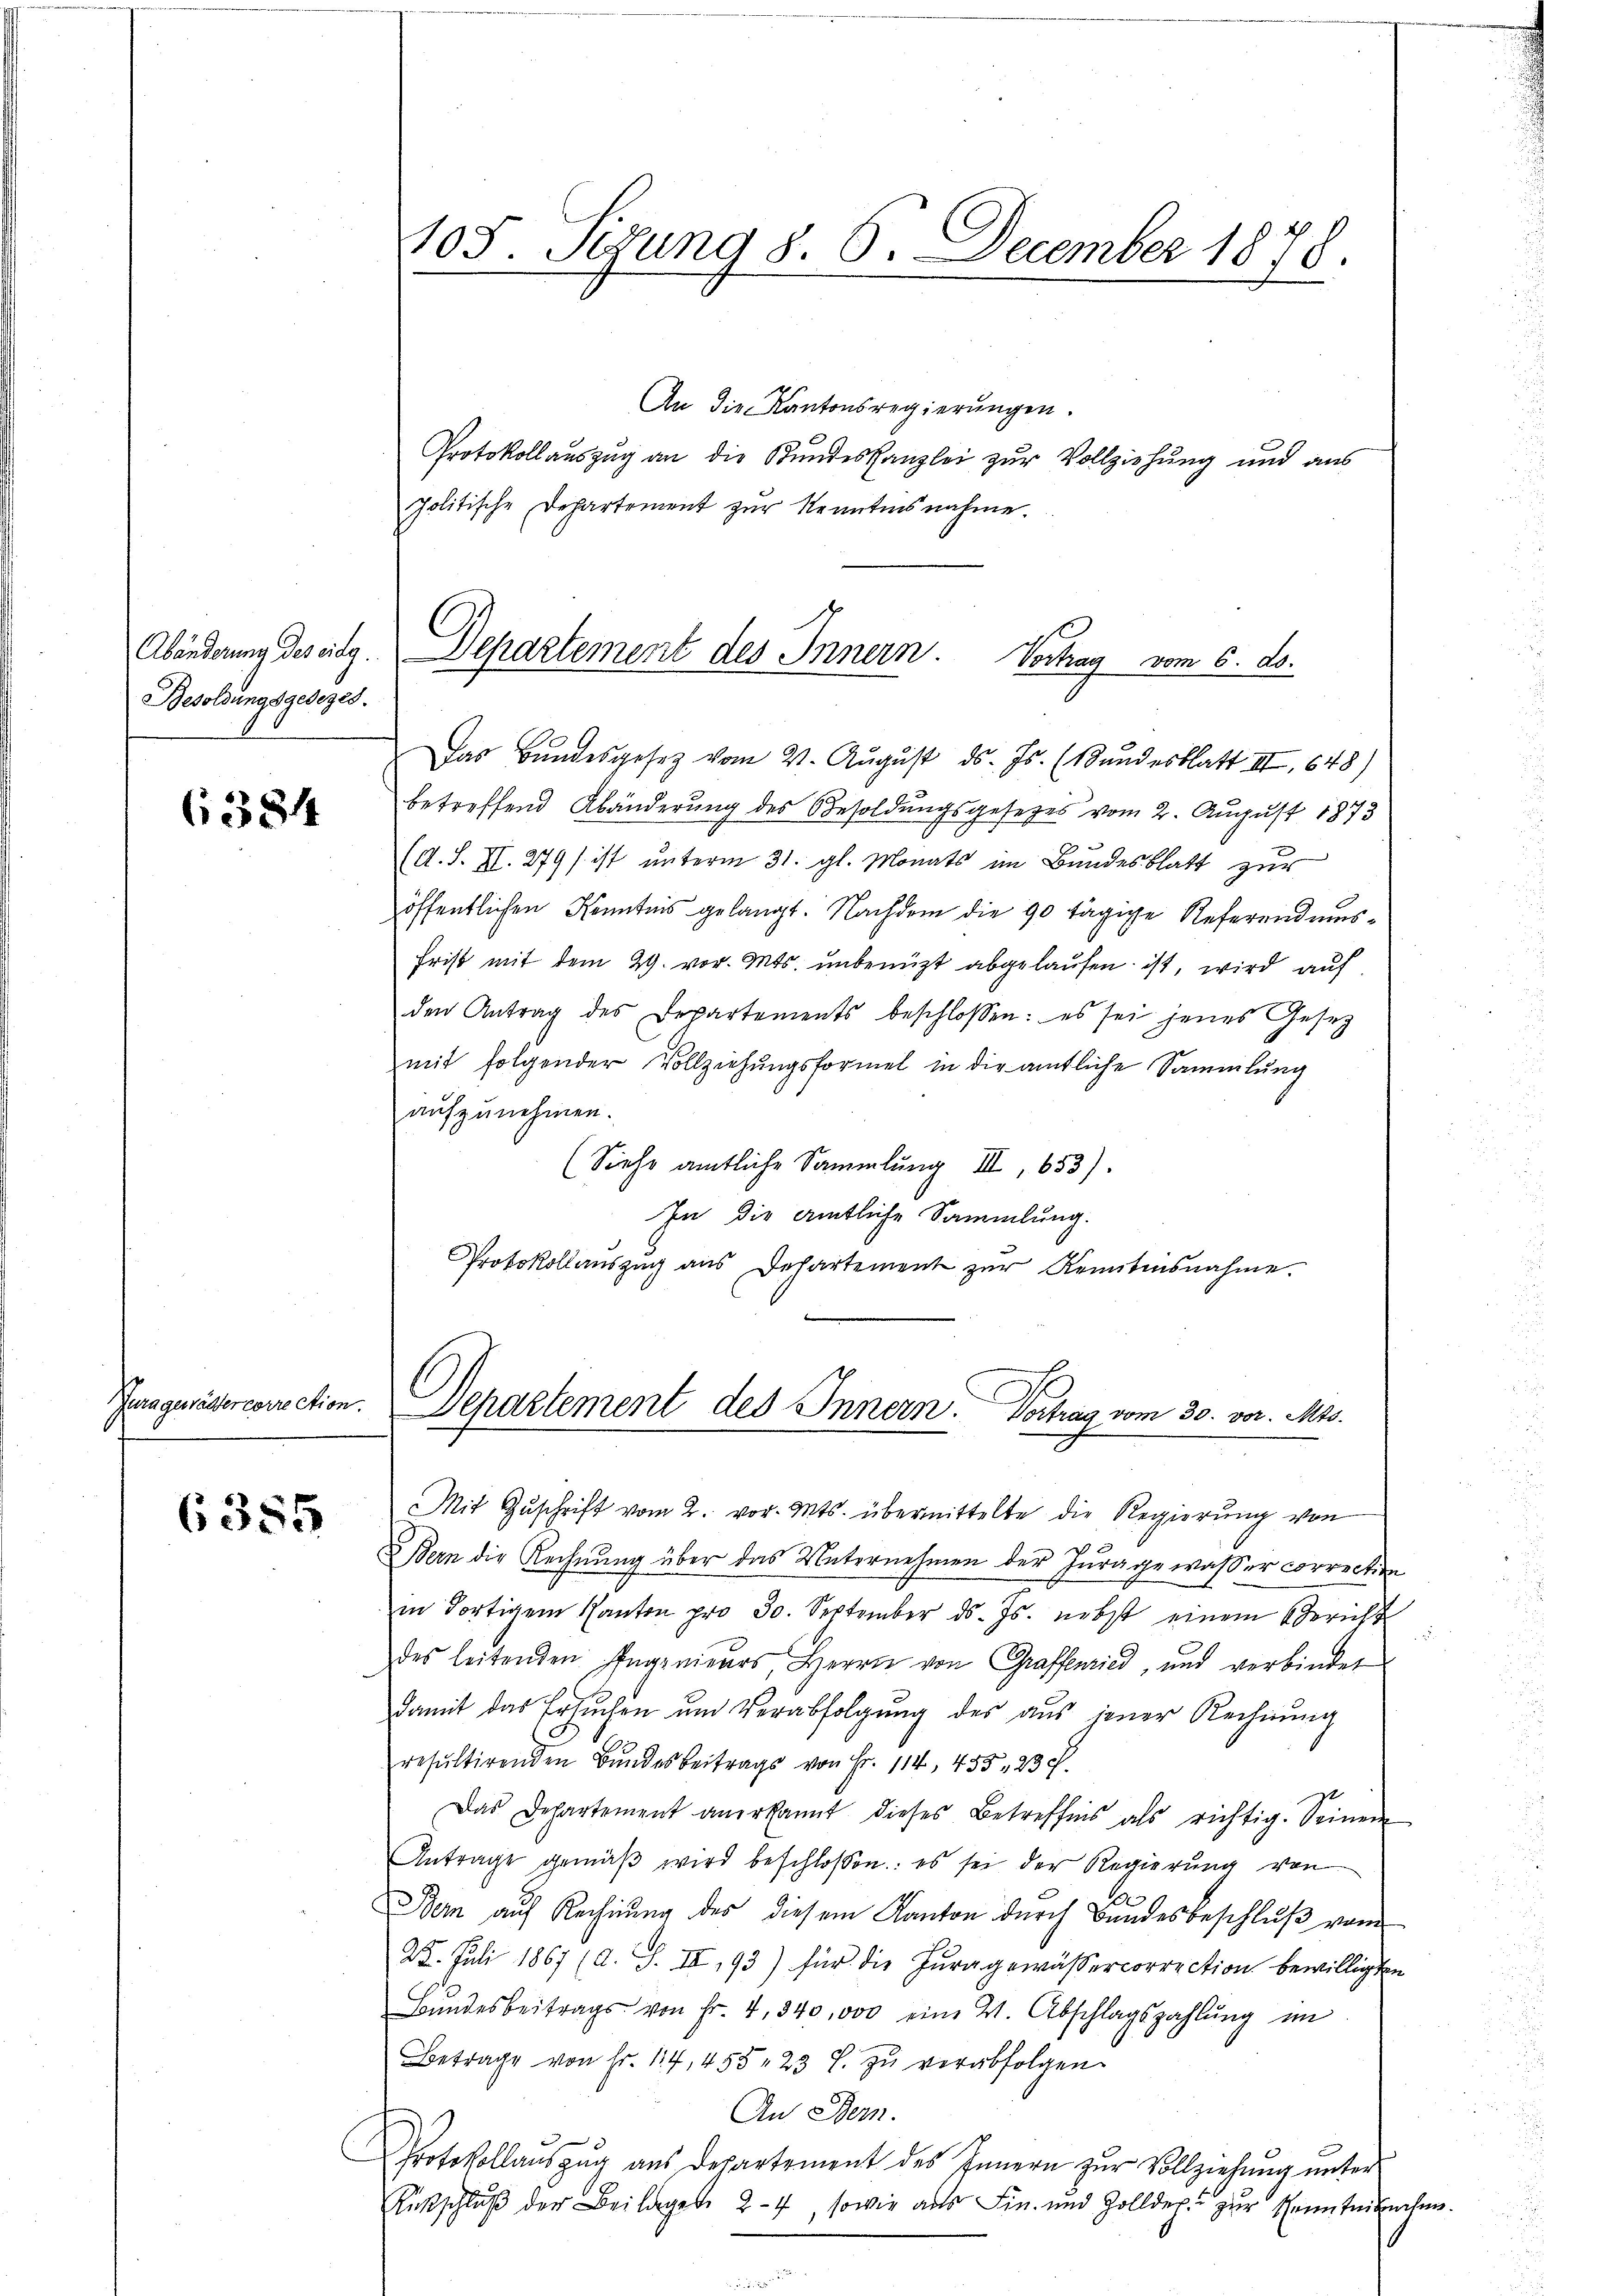
Abänderung des eidg.
Besoldungsgesezes.

(1384

Jura gewälter correction.

6355

105. Sedung 8. 6. December 1878.

An die Kantonsregierungen.
Protokollauszug an die Bundeskanzlei zur Vollziehung und aus
politische Departement zur Kenntnisnahme.
Departement des Innern

Vortrag vom 6. ds.

Das Bundesgesetz vom 21. August ds. Js. (Bundesblatt III 648)
betreffend Abänderung des Besoldungsgesetzes vom 2. August 1873
(d. S. II. 279) ist ŭnterm 31. gl. Monats im Bundesblatt zur
öffentlichen Kenntnis gelangt. Nachdem die 90 tägige Referendums¬
Frist mit dem 29. vor. Mts. unbenützt abgelaufen ist, wird auf
den Antrag des Departements beschlossen: es sei jenes Gesetz
mit folgender Vollziehungsformel in die amtliche Sammlung
aŭfzŭnehmen.
(Siehe amtliche Sammlung III, 653).
In die amtliche Sammlung.
Protokollauszug aus Departement zur Kenntnisnahme.

Mit Zŭschrift vom 2. vor. Mts. übermittelte die Regierŭng von
Bern die Rechnung über das Unternehmen der Jurage wasser correction
in dortigem Kanton pro 30. September d. Js. nebst einem Bericht
des leitenden Ingenieurs, Herrn von Graffenried, und verbindet
damit das Ersuchen um Verabfolgung des aus jener Rechnung
resultirenden Bundesbeitrags von Fr. 114, 453. 23 f.
Das Departement anerkannt dieses Betreffnis als richtig. Seinem
Antrage gemäβ wird beschlossen: es sei der Regierung von
da
Bern auf Rechnung des diesem Kanton durch Bundesbeschlŭβ vom
22. Juli 1867 (d. S. III, 93) für die Jura gewässercorrection bewilligten
Bŭndesbeitrags von Fr. 4, 340,000 eine W. Abschlagszahlŭng im
etrage von Fr. 114, 455 " 23 J. zŭ verabfolgen
An Bern.
Protokollaŭszŭg aŭs departement des Innern zŭr Vollziehŭng ŭnter
Rückschlŭβ der Beilagen 27, sowie aŭs Fin. und Zolldep. zŭr Seitenknehme.

Departement des Innern. Vortrag vom 30. vor. Mts.